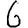
Digit: 6